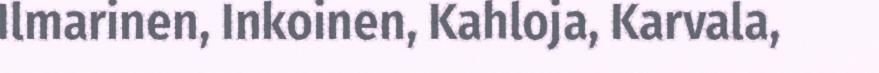
Ilmarinen, Inkoinen, Kahloja, Karvala,